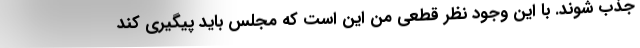
جذب شوند. با این وجود نظر قطعی من این است که مجلس باید پیگیری کند